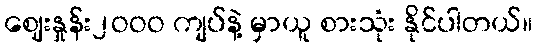
ဈေးနှုန်း၂ဝဝဝ ကျပ်နဲ့ မှာယူ စားသုံး နိုင်ပါတယ်။